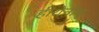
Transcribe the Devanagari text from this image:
हीरोनोबू